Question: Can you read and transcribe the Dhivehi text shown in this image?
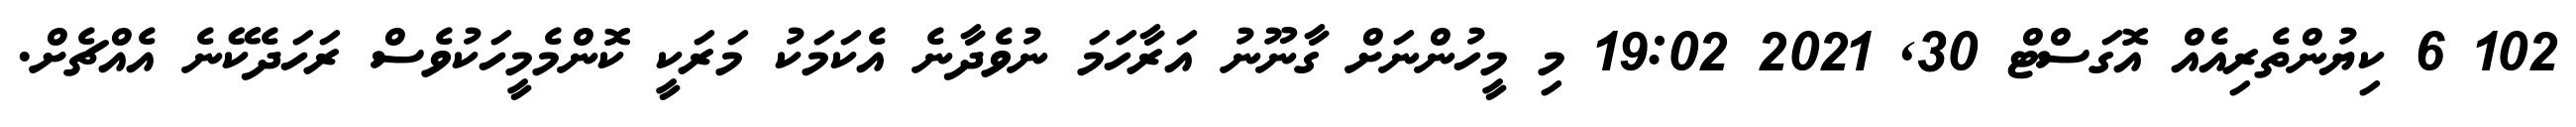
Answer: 102 6 ކިޔުންތެރިއެއް އޮގަސްޓް 30, 2021 19:02 މި މީހުންނަށް ގާނޫނު އަރާހަމަ ނުވެދާނެ އެކަމަކު މަރަކީ ކޮންމެމީހަކުވެސް ރަހަދެކޭނެ އެއްޗެށް.